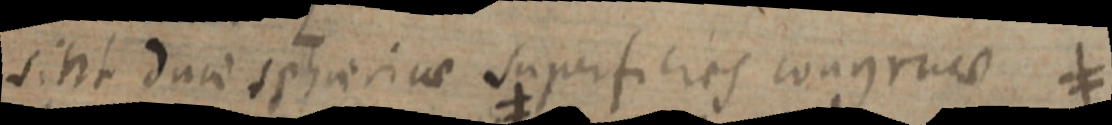
sint daci sphaericae superficies congruae ≠